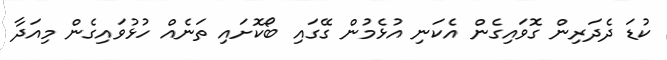
ކުޑަ ދެދަރިން ގޮވައިގެން އެކަނި އުޅެމުން ގޭގައި ބޯކޮށައި ތަނެއް ހުޅުވައިގެން މިއަދާ